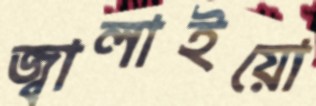
জ্বালাইয়ো